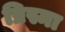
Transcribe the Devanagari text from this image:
प्रिस्मा